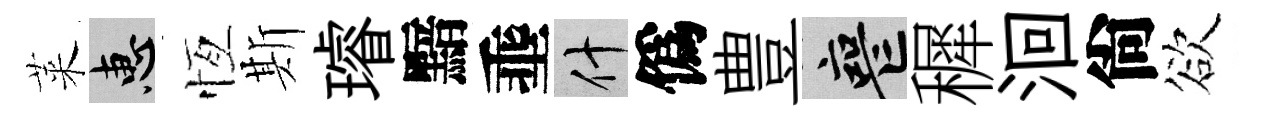
萊惠恆斯璿黯埀什僞豊喪穉洄尙欲